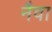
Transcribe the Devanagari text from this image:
नैवा